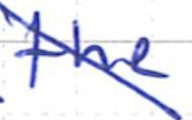
Text: the
Cross-out: diagonal
Writing tool: ballpoint